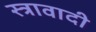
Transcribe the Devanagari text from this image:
स्त्रावादी